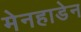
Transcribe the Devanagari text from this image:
मेनहाडेन